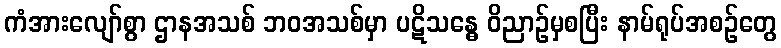
ကံအားလျော်စွာ ဌာနအသစ် ဘဝအသစ်မှာ ပဋိသန္ဓေ ဝိညာဉ်မှစပြီး နာမ်ရုပ်အစဉ်တွေ